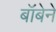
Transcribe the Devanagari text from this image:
बॉबेने